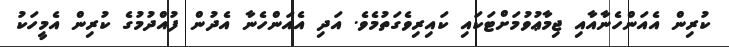
ކުރިން އެއަންހެނާއާއި ޖިމާޢުވުމަށްޓަކައި ކައިރިވެގަތުމެވެ. އަދި އެއަންހެނާ އެދުން ފުއްދުމުގެ ކުރިން އެމީހަކު